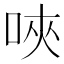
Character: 唊